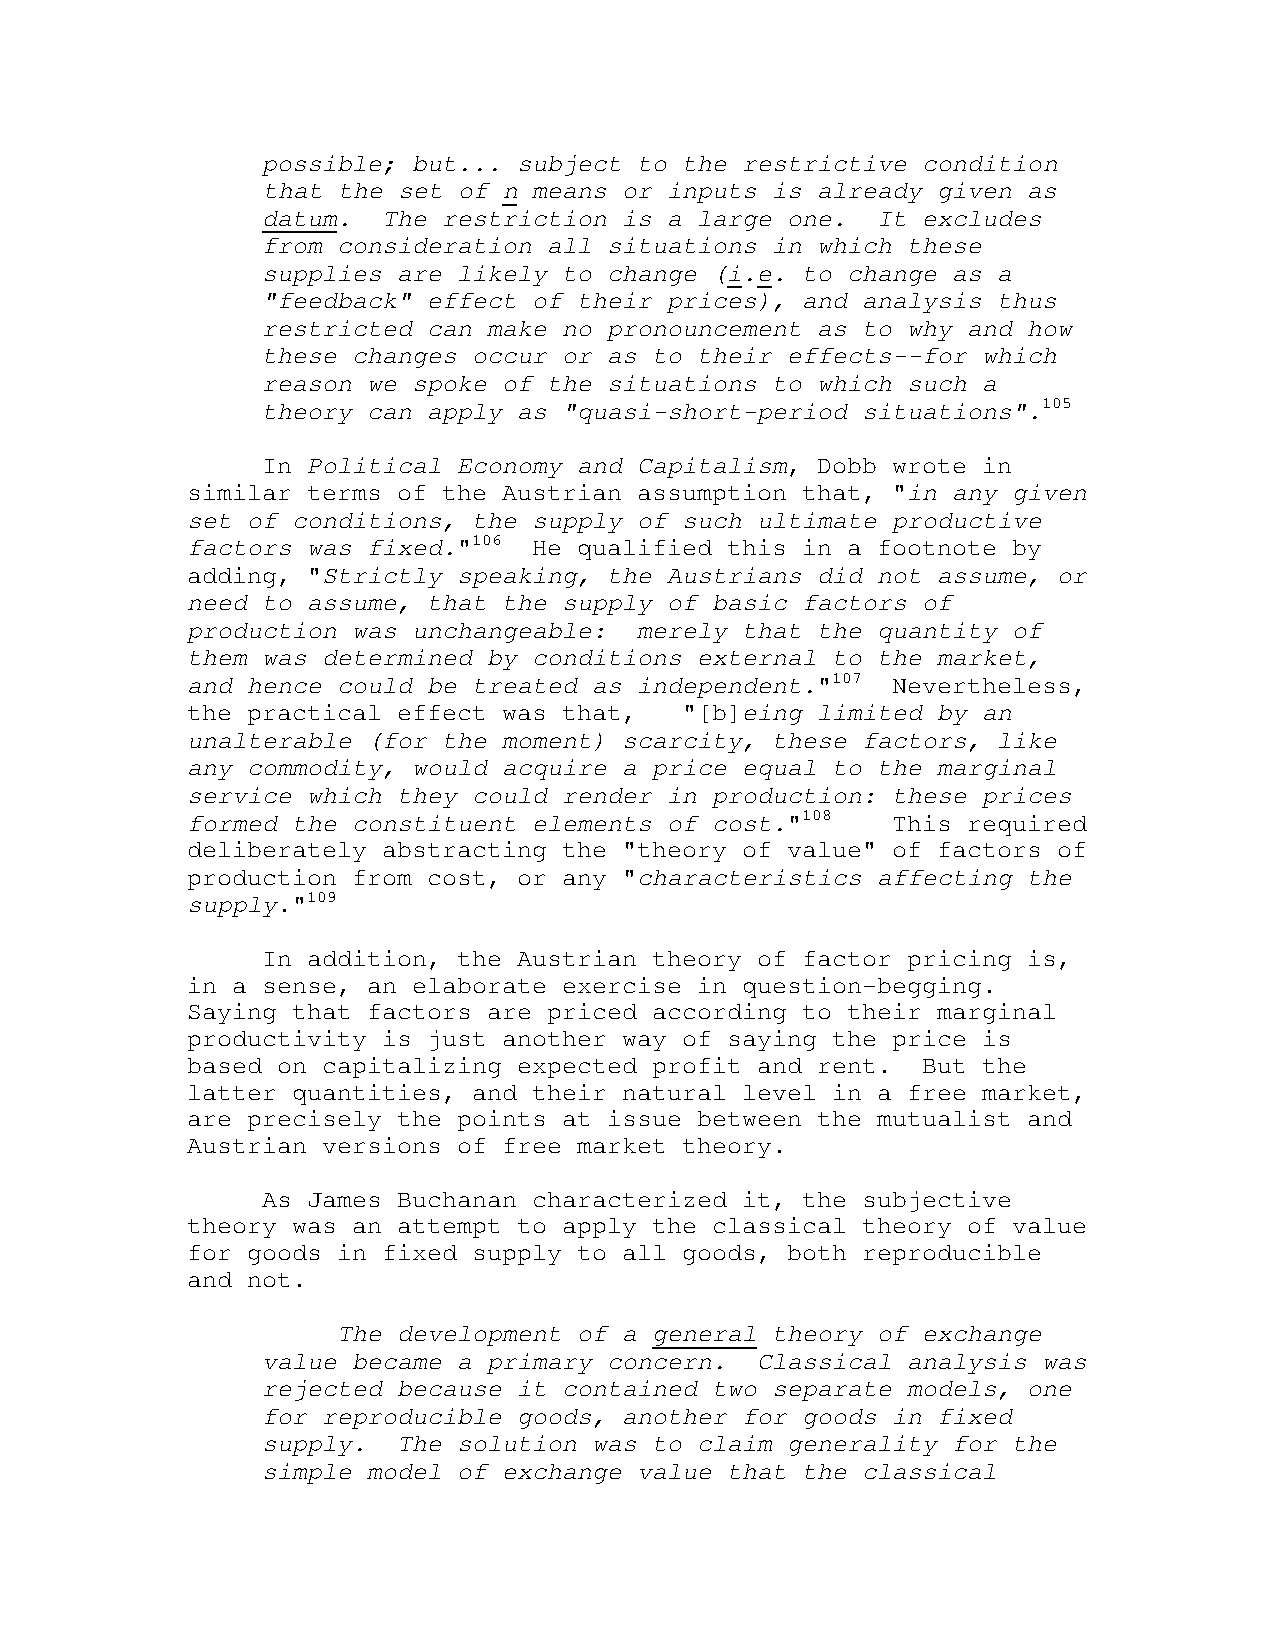
possible; but... subject to the restrictive condition
 that the set of n means or inputs is already given as
 datum.  The restriction is a large one.  It excludes
 from consideration all situations in which these
 supplies are likely to change (i.e. to change as a
 "feedback" effect of their prices), and analysis thus
 restricted can make no pronouncement as to why and how
 these changes occur or as to their effects--for which
 reason we spoke of the situations to which such a
 theory can apply as "quasi-short-period situations".105
 In Political Economy and Capitalism, Dobb wrote in
 similar terms of the Austrian assumption that, "in any given
 set of conditions, the supply of such ultimate productive
 factors was fixed."106 He qualified this in a footnote by
 adding, "Strictly speaking, the Austrians did not assume, or
 need to assume, that the supply of basic factors of
 production was unchangeable:  merely that the quantity of
 them was determined by conditions external to the market,
 and hence could be treated as independent."107 Nevertheless,
 the practical effect was that,   "[b]eing limited by an
 unalterable (for the moment) scarcity, these factors, like
 any commodity, would acquire a price equal to the marginal
 service which they could render in production: these prices
 formed the constituent elements of cost."108   This required
 deliberately abstracting the "theory of value" of factors of
 production from cost, or any "characteristics affecting the
 supply."109
 In addition, the Austrian theory of factor pricing is,
 in a sense, an elaborate exercise in question-begging.
 Saying that factors are priced according to their marginal
 productivity is just another way of saying the price is
 based on capitalizing expected profit and rent.  But the
 latter quantities, and their natural level in a free market,
 are precisely the points at issue between the mutualist and
 Austrian versions of free market theory.
 As James Buchanan characterized it, the subjective
 theory was an attempt to apply the classical theory of value
 for goods in fixed supply to all goods, both reproducible
 and not.
 The development of a general theory of exchange
 value became a primary concern.  Classical analysis was
 rejected because it contained two separate models, one
 for reproducible goods, another for goods in fixed
 supply.  The solution was to claim generality for the
 simple model of exchange value that the classical